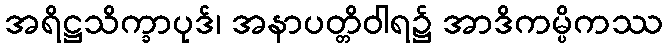
အရိဋ္ဌသိက္ခာပုဒ်၊ အနာပတ္တိဝါရ၌ အာဒိကမ္ပိကဿ